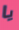
يا